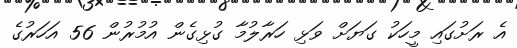
އެ ރަށުގައި މީހަކު ގަޔަށް ވަޅި ހަރާލުމާ ގުޅިގެން އުމުރުން 56 އަހަރުގެ